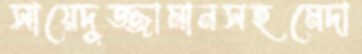
সায়েদুজ্জামানসহমেদা